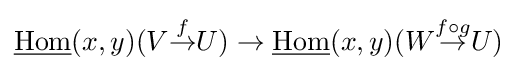
{\underline {\operatorname {Hom} }}(x,y)(V{\overset {f}{\to }}U)\to {\underline {\operatorname {Hom} }}(x,y)(W{\overset {f\circ g}{\to }}U)